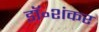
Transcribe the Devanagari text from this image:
डॉ॰शंकर